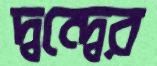
দ্বন্দ্বের